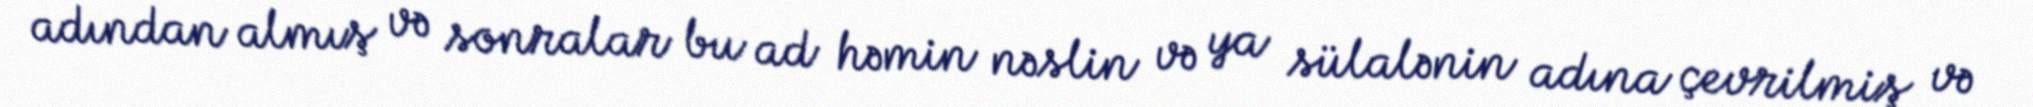
adından almış və sonralar bu ad həmin nəslin və ya sülalənin adına çevrilmiş və